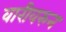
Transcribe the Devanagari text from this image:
वारीवरुन